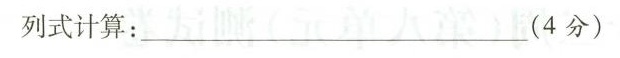
列式计算：___(4分)